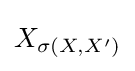
X_{\sigma \left(X,X^{\prime }\right)}